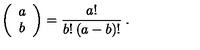
\left( \begin{array} { c } { a } \\ { b } \\ \end{array} \right) = \frac { a ! } { b ! \: ( a - b ) ! } \: .